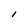
Character: l